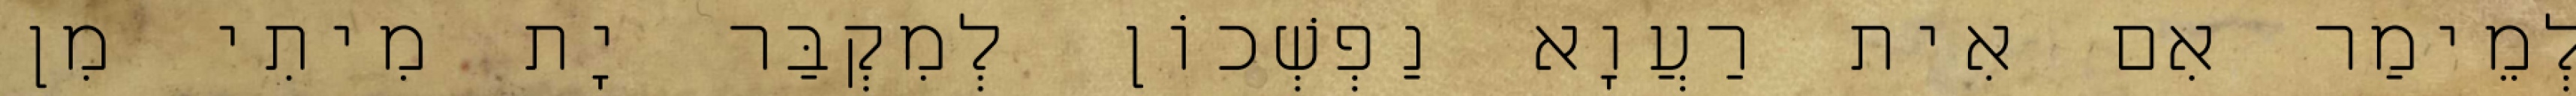
לְמֵימַר אִם אִית רַעֲוָא נַפְשְׁכוֹן לְמִקְבַּר יָת מִיתִי מִן